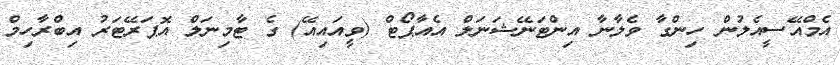
އެމްއޭސީއެލުން ހިންގާ ވެލާނާ އިންޓަނޭޝަނަލް އެއާޕޯޓް (ވީއައިއޭ) ގެ ޓާމިނަލް އޮޕަރޭޓަރު އިބްރާހިމް